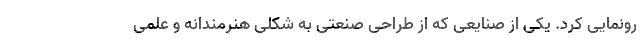
رونمایی کرد. یکی از صنایعی که از طراحی صنعتی به شکلی هنرمندانه و علمی